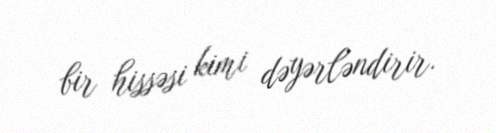
bir hissəsi kimi dəyərləndirir.